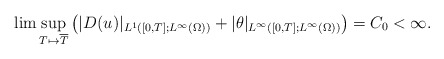
\begin{align*}\lim \sup_{T\mapsto \overline{T}} \big(|D( u)|_{L^1([0,T]; L^\infty(\Omega))}+|\theta|_{L^\infty([0,T];L^\infty(\Omega))}\big)=C_0<\infty.\end{align*}